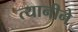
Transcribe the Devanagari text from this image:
त्यानीने